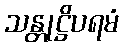
သန္တုဋ္ဌိပရမံ